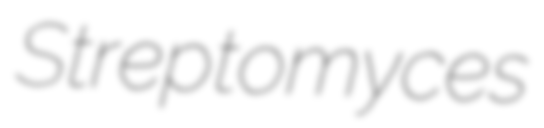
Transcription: Streptomyces